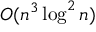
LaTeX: O ( n ^ { 3 } \log ^ { 2 } n )